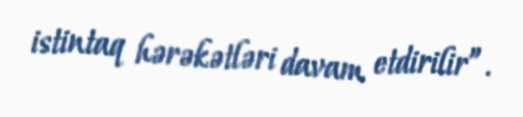
istintaq hərəkətləri davam etdirilir”.